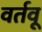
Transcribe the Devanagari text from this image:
वर्तवू